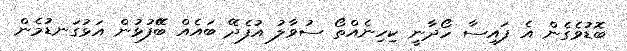
ބޮޑުވެގެން އެ ފައިސާ ހޯދާނީ ކިހިނެއްތޯ ސުވާލު އުފެދޭ ބައެއް ބޭޭފުޅުން އަޅުގަނޑުމެން